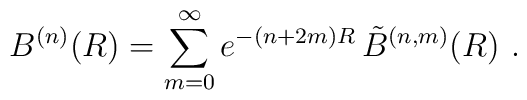
B^{(n)}(R) =  \sum_{m=0}^\infty e^{- (n + 2m) R} \,\tilde{B}^{(n,m)} (R) \ .